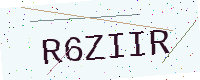
Text: R6ZIIR